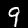
Label: 9